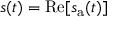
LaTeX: s ( t ) = \operatorname { R e } [ s _ { \mathrm { a } } ( t ) ]